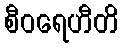
စီဝရေဟီတိ